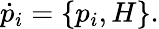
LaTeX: {\dot{p}}_{i}=\{ p_{i},H\} .